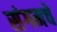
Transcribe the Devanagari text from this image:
संगमचे